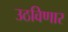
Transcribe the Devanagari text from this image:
उठविणार